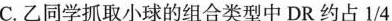
C.乙同学抓取小球的组合类型中DR约占1/4